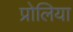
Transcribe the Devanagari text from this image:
प्रोलिया